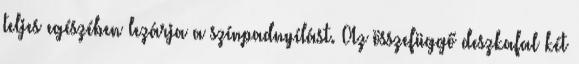
teljes egészében lezárja a színpadnyílást. Az összefüggő deszkafal két